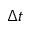
\Delta t